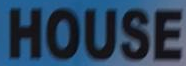
HOUSE